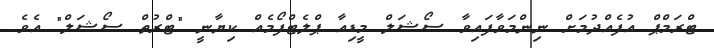
ޓްރަމްޕް އުފެއްދުމަށް ނިންމަވާފައިވާ ސޯޝަލް މީޑިއާ ޕްލެޓްފޯމެއް ކިޔާނީ "ޓްރުތް ސޯޝަލް" އެވެ.